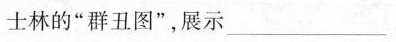
士林的”群丑图”，展示___